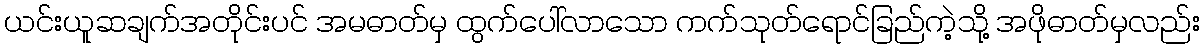
ယင်းယူဆချက်အတိုင်းပင် အမဓာတ်မှ ထွက်ပေါ်လာသော ကက်သုတ်ရောင်ခြည်ကဲ့သို့ အဖိုဓာတ်မှလည်း